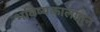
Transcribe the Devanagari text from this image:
भविष्यकालातुन